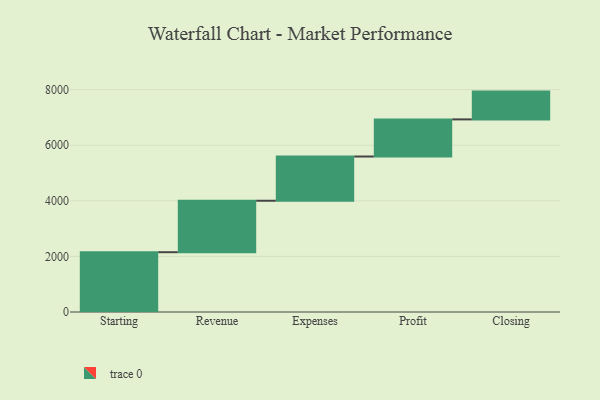
{"axis": {"x": "Step", "y": "Value"}, "legend": [""], "data": [{"x": "Starting", "y": 2151.0, "type": ""}, {"x": "Revenue", "y": 1851.0, "type": ""}, {"x": "Expenses", "y": 1591.0, "type": ""}, {"x": "Profit", "y": 1335.0, "type": ""}, {"x": "Closing", "y": 1000, "type": ""}]}